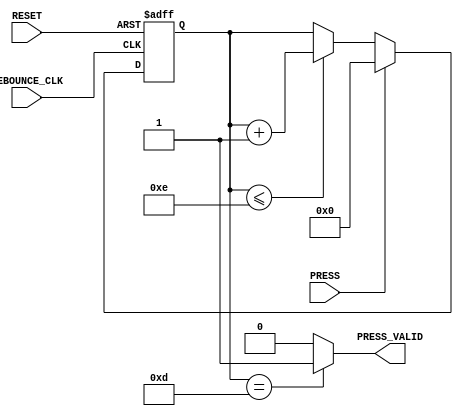
`timescale 1ns / 1ps
//////////////////////////////////////////////////////////////////////////////////
// Company: 
// Engineer: 
// 
// Design Name: 
// Module Name:    DEBOUNCE_CLK 
// Project Name: 
// Target Devices: 
// Tool versions: 
// Description: 
//
// Dependencies: 
//
// Revision: 
// Revision 0.01 - File Created
// Additional Comments: 
//
//////////////////////////////////////////////////////////////////////////////////
module DEBOUNCE_CLK( DEBOUNCE_CLK , RESET, PRESS_VALID ,PRESS );
input DEBOUNCE_CLK;
input RESET;
input PRESS;
output PRESS_VALID;
reg [3:0]DEBOUNCE_COUNT;
//debounce circuit
  always@(posedge DEBOUNCE_CLK or negedge RESET)
   begin
	 if(!RESET)
		DEBOUNCE_COUNT <= 4'h0;
	 else if(PRESS)
		DEBOUNCE_COUNT <= 4'h0;
	 else if(DEBOUNCE_COUNT <= 4'hE)
		DEBOUNCE_COUNT <= DEBOUNCE_COUNT +1;
	end
assign PRESS_VALID = (DEBOUNCE_COUNT == 4'hD)?1'b1:1'b0;
endmodule